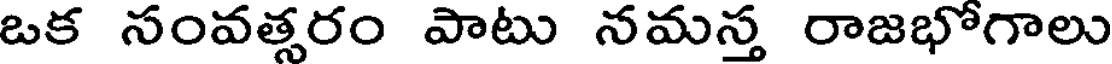
ఒక సంవత్సరం పాటు నమస్త రాజభోగాలు